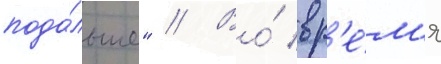
пода́льше" // Во́ вр'е́м'я